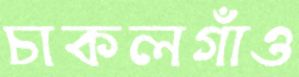
চাকলগাঁও